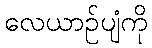
လေယာဉ်ပျံကို